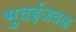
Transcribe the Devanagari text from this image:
भुवईजवळ